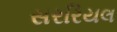
સરરિયલ